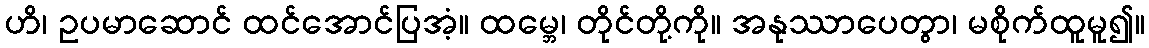
ဟိ၊ ဥပမာဆောင် ထင်အောင်ပြအံ့။ ထမ္ဘေ၊ တိုင်တို့ကို။ အနုဿာပေတွာ၊ မစိုက်ထူမူ၍။